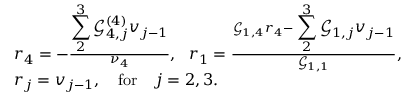
\begin{array} { r l } & { r _ { 4 } = - \frac { \displaystyle \sum _ { 2 } ^ { 3 } \mathcal { G } _ { 4 , j } ^ { ( 4 ) } v _ { j - 1 } } { \nu _ { 4 } } , ~ ~ r _ { 1 } = \frac { \mathcal { G } _ { 1 , 4 } r _ { 4 } - \displaystyle \sum _ { 2 } ^ { 3 } \mathcal { G } _ { 1 , j } v _ { j - 1 } } { \mathcal { G } _ { 1 , 1 } } , } \\ & { r _ { j } = v _ { j - 1 } , \quad \mathrm { f o r } \quad j = 2 , 3 . } \end{array}